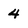
Character: 4